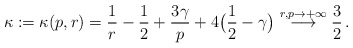
\begin{align*} \kappa := \kappa(p,r) = \frac{1}{r} - \frac{1}{2} + \frac{3\gamma}{p} + 4\big(\frac{1}{2}-\gamma\big) \overset{r,p \to +\infty}{\longrightarrow} \frac{3}{2} \, .\end{align*}